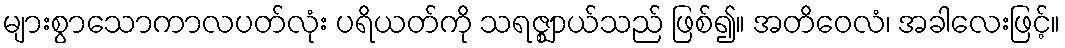
များစွာသောကာလပတ်လုံး ပရိယတ်ကို သရဇ္ဈာယ်သည် ဖြစ်၍။ အတိဝေလံ၊ အခါလေးဖြင့်။